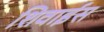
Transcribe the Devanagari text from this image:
शिवाईस